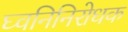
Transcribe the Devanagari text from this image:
घ्वनिनिरोधक